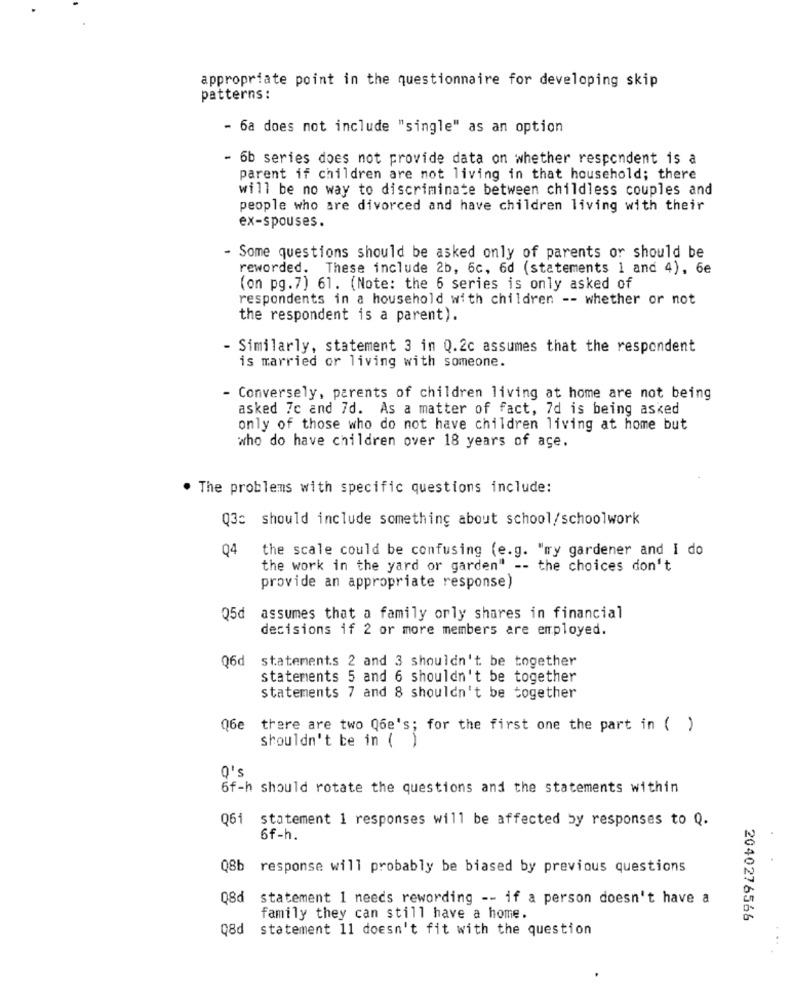
appropriate point in the questionnaire for developing skip
patterns:
- 6a does not include "single" as an option
- 6b series does not provide data on whether respondent is a
parent if children are not living in that household; there
will be no way to discriminate between childless couples and
people who are divorced and have children living with their
ex-spouses.
- Some questions should be asked only of parents or should be
reworded. These include 2b, 6c, 6d (statements 1 and 4), 6e
(on pg.7) 61. (Note: the 6 series is only asked of
respondents in a household with children -- whether or not
the respondent is a parent).
- Similarly, statement 3 in Q.2c assumes that the respondent
is married or living with someone.
- Conversely, parents of children living at home are not being
asked 7c and 7d. As a matter of fact, 7d is being asked
only of those who do not have children living at home but
who do have children over 18 years of age.
. The problems with specific questions include:
Q3c should include something about school/schoolwork
Q4
the scale could be confusing (e.g. "my gardener and I do
the work in the yard or garden" -- the choices don't
provide an appropriate response)
05₫
assumes that a family orly shares in financial
decisions if 2 or more members are employed.
06d
statements 2 and 3 shouldn't be together
statements 5 and 6 shouldn't be together
statements 7 and 8 shouldn't be together
Q6e
there are two Q6e's; for the first one the part in ( )
shouldn't be in ( )
Q's
6f-h should rotate the questions and the statements within
Q61
statement 1 responses will be affected by responses to Q.
6f-h.
Q8b response will probably be biased by previous questions
08d
statement 1 needs rewording -- if a person doesn't have a
family they can still have a home.
2040276566
08d
statement 11 doesn't fit with the question